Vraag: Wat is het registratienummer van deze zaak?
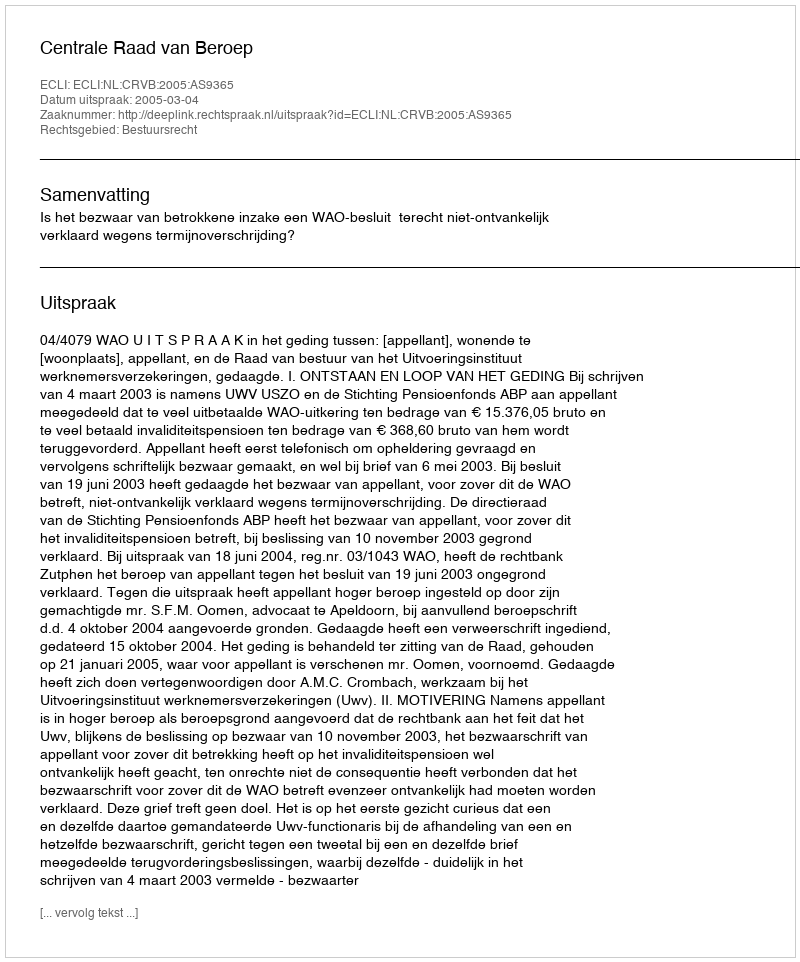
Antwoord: http://deeplink.rechtspraak.nl/uitspraak?id=ECLI:NL:CRVB:2005:AS9365